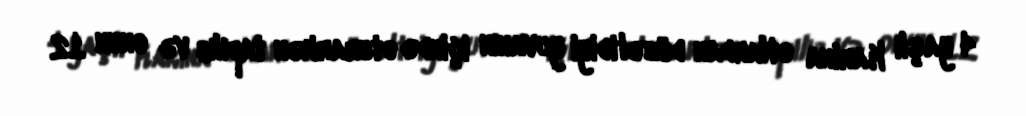
4 yaşlı Karina otlardan düzəltdiyi yuvanın içində oturarkən tapılıb və onun 12